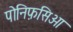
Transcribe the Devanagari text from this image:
पोनिफ़सिओ